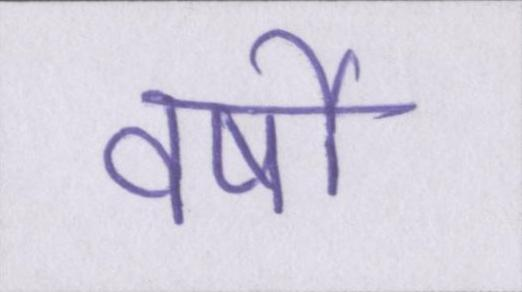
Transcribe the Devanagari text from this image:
वर्षो